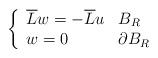
LaTeX: \begin{align*}\left\{\begin{array}[c]{ll}\overline{L}w=-\overline{L}u & B_{R}\\w=0 & \partial B_{R}\end{array}\right. \end{align*}